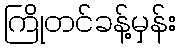
ကြိုတင်ခန့်မှန်း